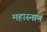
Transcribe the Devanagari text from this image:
महास्नान